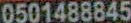
0501488845